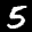
Label: 5